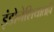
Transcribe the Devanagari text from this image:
इंडोनेशियातही